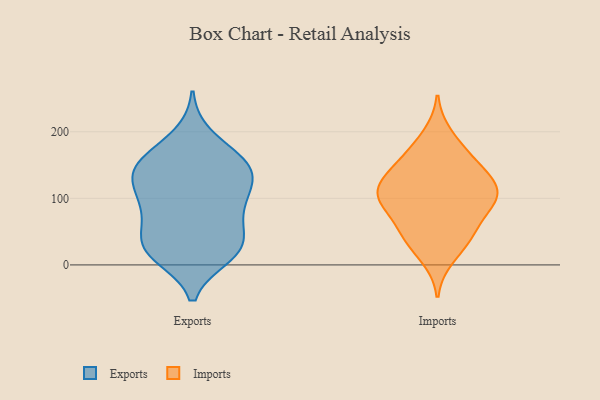
{"axis": {"x": "Gross Profit (USD K)", "y": "Value"}, "legend": ["Exports", "Imports"], "data": [{"x": "", "y": 157, "type": "Exports"}, {"x": "", "y": 63, "type": "Exports"}, {"x": "", "y": 88, "type": "Exports"}, {"x": "", "y": 119, "type": "Exports"}, {"x": "", "y": 152, "type": "Exports"}, {"x": "", "y": 138, "type": "Exports"}, {"x": "", "y": 90, "type": "Exports"}, {"x": "", "y": 149, "type": "Exports"}, {"x": "", "y": 14, "type": "Exports"}, {"x": "", "y": 114, "type": "Exports"}, {"x": "", "y": 85, "type": "Exports"}, {"x": "", "y": 27, "type": "Exports"}, {"x": "", "y": 31, "type": "Exports"}, {"x": "", "y": 15, "type": "Exports"}, {"x": "", "y": 156, "type": "Exports"}, {"x": "", "y": 25, "type": "Exports"}, {"x": "", "y": 135, "type": "Exports"}, {"x": "", "y": 36, "type": "Exports"}, {"x": "", "y": 193, "type": "Exports"}, {"x": "", "y": 45, "type": "Imports"}, {"x": "", "y": 105, "type": "Imports"}, {"x": "", "y": 171, "type": "Imports"}, {"x": "", "y": 136, "type": "Imports"}, {"x": "", "y": 11, "type": "Imports"}, {"x": "", "y": 36, "type": "Imports"}, {"x": "", "y": 99, "type": "Imports"}, {"x": "", "y": 195, "type": "Imports"}, {"x": "", "y": 111, "type": "Imports"}, {"x": "", "y": 148, "type": "Imports"}, {"x": "", "y": 110, "type": "Imports"}, {"x": "", "y": 86, "type": "Imports"}, {"x": "", "y": 156, "type": "Imports"}, {"x": "", "y": 106, "type": "Imports"}, {"x": "", "y": 61, "type": "Imports"}, {"x": "", "y": 45, "type": "Imports"}, {"x": "", "y": 130, "type": "Imports"}, {"x": "", "y": 93, "type": "Imports"}]}